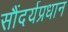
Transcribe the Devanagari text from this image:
सौंदर्यप्रधान